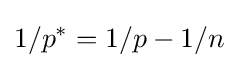
1/p^{*}=1/p-1/n